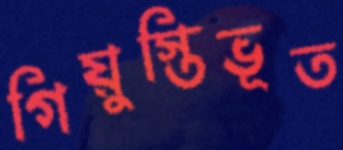
গিয়ুস্তিভূত